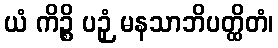
ယံ ကိဉ္စိ ပဉှံ မနသာဘိပတ္ထိတံ၊